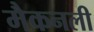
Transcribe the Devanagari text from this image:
मैकनली